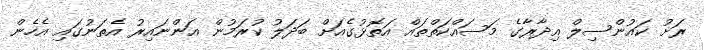
ރަށު ކައުންސިލް އިދާރާގެ މަސައްކަތްތައް އަތޮޅުގެއަށް ބަދަލު ކުރަމުން އަންނައިރު އެތަނުގައި އެހެން